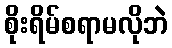
စိုးရိမ်စရာမလိုဘဲ